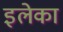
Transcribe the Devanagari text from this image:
इलेका